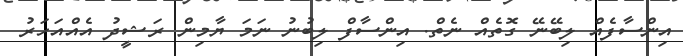
އިންސާފެއް ލިބޭނޭ ގޮތެއް ނެތް. އިންސާފް ލިބުނު ނަމަ ޔާމިން ރަޝީދު އެއްއަހަރު